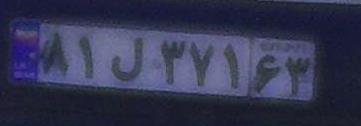
۸۱ل۳۷۱۶۳